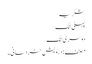
شکریہ
پہلی لنک
دوسری لنک
مصنف : درویش خراسانی۔